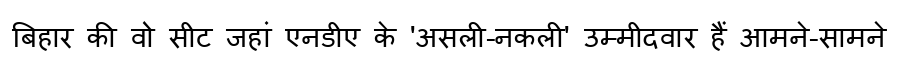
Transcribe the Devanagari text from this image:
बिहार की वो सीट जहां एनडीए के 'असली-नकली' उम्मीदवार हैं आमने-सामने